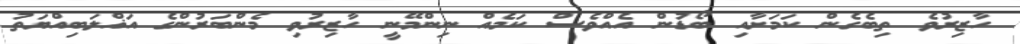
ހާޒިރުވެ ތިބެގެން ކަމަށާއި ބޯޑުން އެއްވެސް ކަމެއް ނިންމޭނީ ހާޒިރުވި މެންބަރުންގެ އަޣްލަބިއްޔަތު